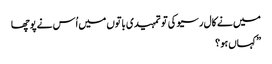
میں نے کال رسیو کی تو تمہیدی باتوں میں اُس نے پوچھا
” کہاں ہو ؟